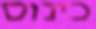
כינוס